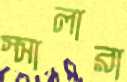
স্সালারা